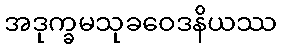
အဒုက္ခမသုခဝေဒနိယဿ